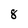
Character: 8